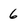
Character: 6